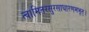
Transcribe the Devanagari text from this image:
त्वामितरसुरसाधारणमभूत्।